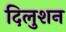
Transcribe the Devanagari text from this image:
दिलुशन